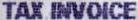
TAX INVOICE